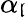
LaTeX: \alpha_{\mathfrak{l}}